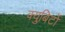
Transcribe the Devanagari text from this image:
क्युबिटों